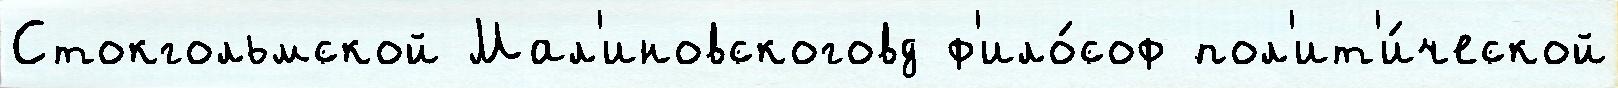
Стокгольмской Мал'иновскоговд ф'ило́соф пол'ит'и́ческой